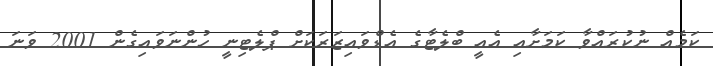
ކަމެއް ނުކުރައްވާ ކަމަށާއި އެއީ ބްލެޓާގެ އެޑްވައިޒަރަކަށް ޕްލެޓިނީ ހުންނަވައިގެން 2001 ވަނަ